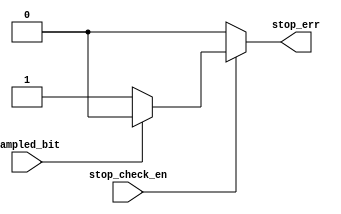
module stop_check (
    input   wire    sampled_bit,
    input   wire    stop_check_en,
    output  reg     stop_err
);
always @(*) begin
    if(stop_check_en)
    if(sampled_bit)
    stop_err = 1'b0;
    else
    stop_err = 1'b1;
    else
    stop_err = 1'b0;
end
    
endmodule